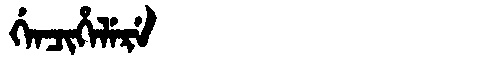
Manchu: ᡤᡝᠨᠴᡳᡥᡝᠯᡝᡵᡝ
Romanization: GENCIHELERE